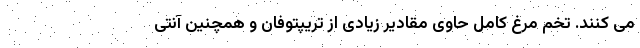
می کنند. تخم مرغ کامل حاوی مقادیر زیادی از تریپتوفان و همچنین آنتی